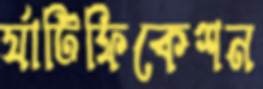
র‍্যাটিফিকেশন